Annual administration report of the Civil Veterinary Department of India - 1896-1897
Year: 1896
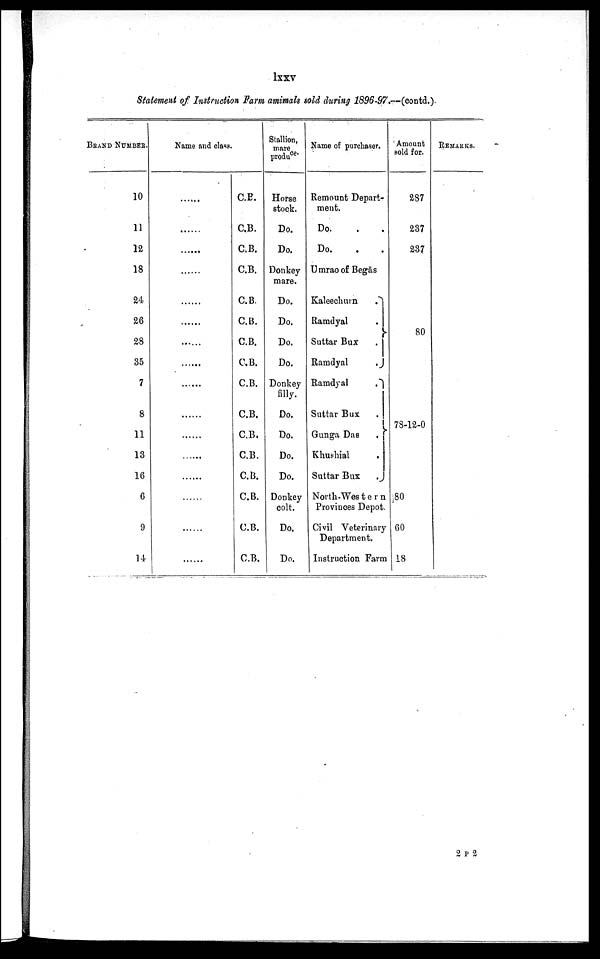
lxxv
Statement of Instruction Farm amimals sold during 1896-97.--(contd.).
BRAND NUMBER.
10
11
12
18
24
26
28
35
7
8
11
13
16
6
9
14
Name and class.
......
......
......
......
......
......
......
......
......
......
......
......
......
......
......
......
C.B.
C.B.
C.B.
C.B.
C.B.
C.B.
C.B.
C.B.
C.B.
C.B.
C.B.
C.B.
C.B.
C.B.
C.B.
C.B.
Stallion,
mare
produce.
Horse
stock.
Do.
Do.
Donkey
mare.
Do.
Do.
Do.
Do.
Donkey
filly.
Do.
Do.
Do.
Do.
Donkey
colt.
Do.
Do.
Name of purchaser.
Remount Depart
ment.
Do. . .
Do. . .
Umrao of Begās
Kaleechurn
.
Ramdyal .
Suttar Bux .
Ramdyal .
Ramdyal .
Suttar Bux .
Gunga Das
.
Khushial .
Suttar Bux .
North-Western
Provinces Depot.
Civil Veterinary
Department.
Instruction Farm
Amount
sold for.
287
237
237
80
78-12-0
80
60
18
REMARKS.
2 P 2